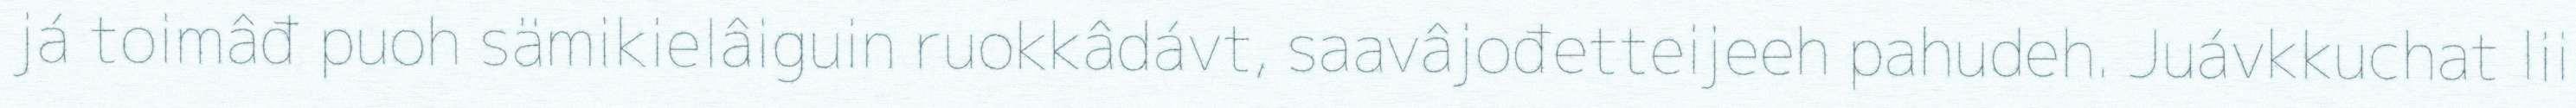
já toimâđ puoh sämikielâiguin ruokkâdávt, saavâjođetteijeeh pahudeh. Juávkkuchat lii